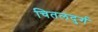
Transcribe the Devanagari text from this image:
चितलदुर्ग